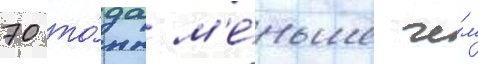
70 то́нн м'е́ньше че́м